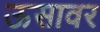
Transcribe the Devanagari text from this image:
ऊसावर